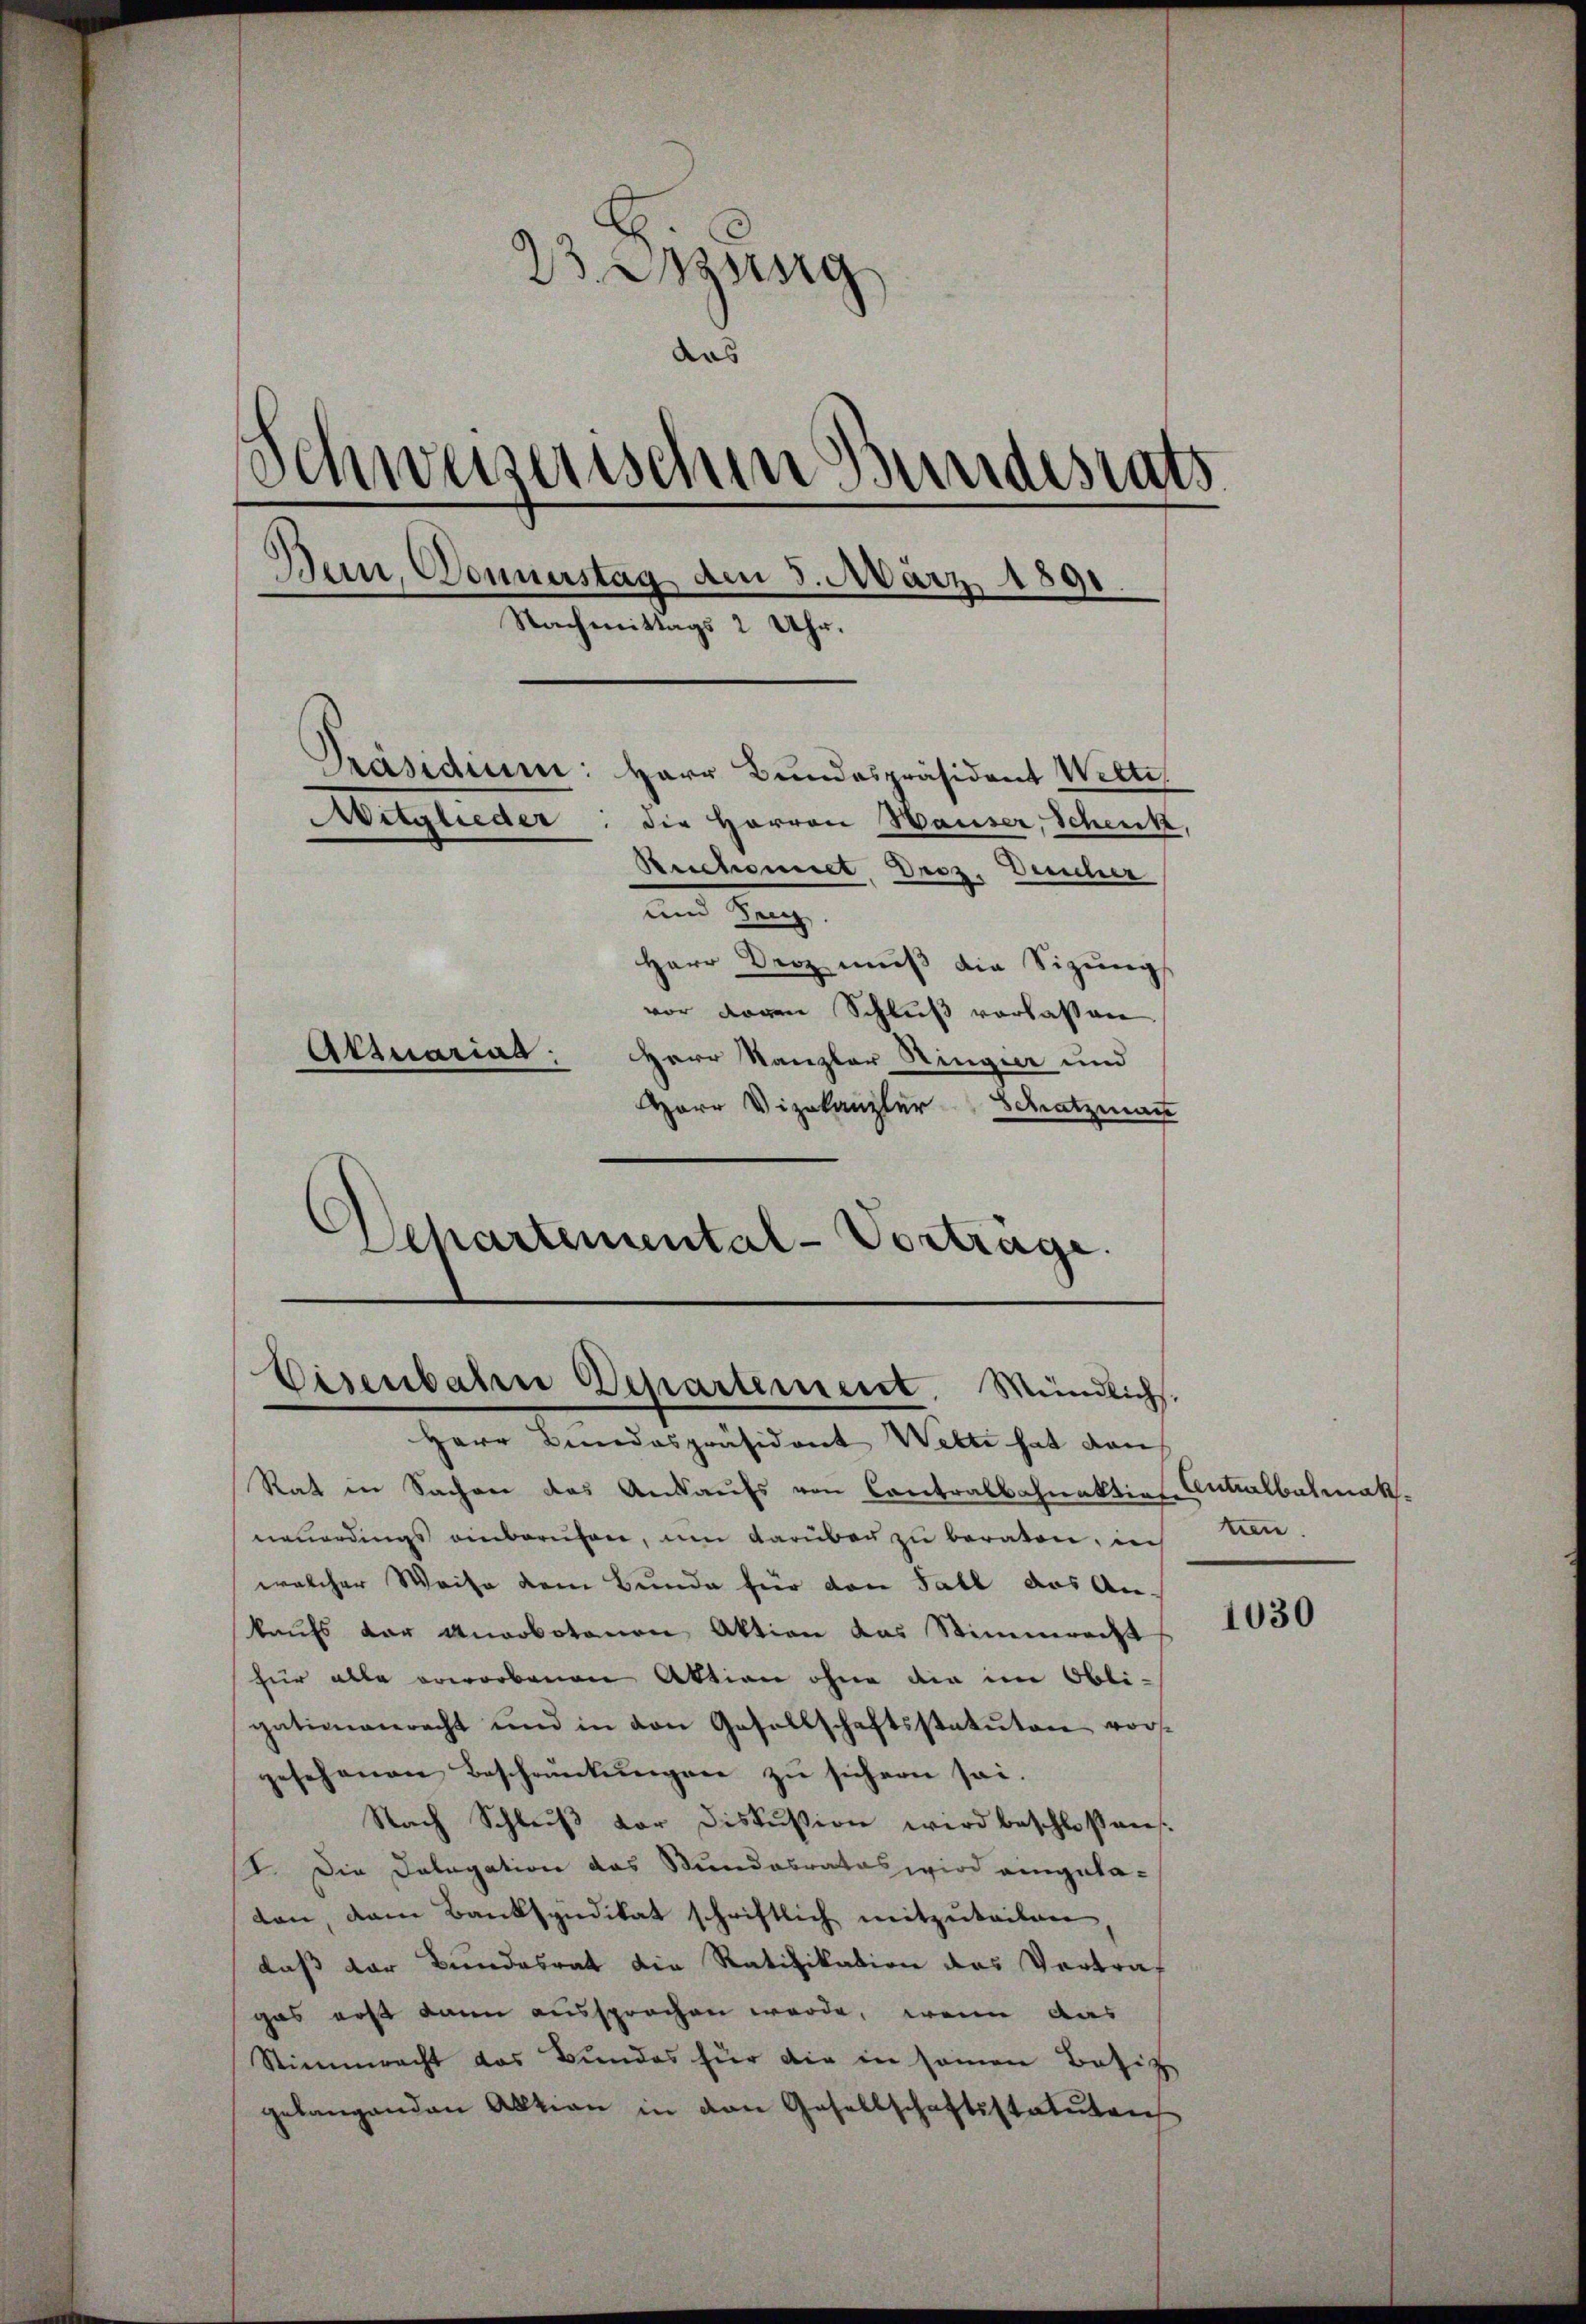
23 Anzeig
das
s
Schweizerischen Bundesrats
Dein, Donnerstag den 3. März 1891
Nachmittags 2 Uhr.
Präsiden: Herr Bundespräsident Welte,
Witglieder: die Herren Hauser, Schenk,
Reichennet Droz. Deucher
und Senz.
Herr Droz muß die Sizungs
vor Loren Schluß vorlassen
Attuarial,
Herr Kanzler Ringier und
Herr Vizekanzler Schatzmann

Eisenbahre Departement. Mündlichs.

Departemental-Vorträge.

Herr Bundespräsident Welti hat dan
Rat in Sachen das Ankaufs von Contralbahnaktios Antralbalmak.
neuerdings einberufen, um darüber zu beraten, in
welcher Weise dem Bunde für den Fall das An-
kaufs der Anorbotenen Aktion das Stimmrecht
für alle erworbenen Aktion ohne die im Obli-
gatimanrecht und in den Gesellschaftsstatuten vor-
gesehenen Beschränkungen zu sichern sei.
Nach Schlŭβ der Diskussion wird beschloßen.
II. Die Delegation das Stundesrates wird eingeta-
ten, dem Banksyndikat schriftlich mitzuteilen
daß der Bundesrat die Ratifikation des Vertraf
gas erst dann aussprochen werde, wenn das
Stimmrecht das Bundes für die in seinen Besitz
gelangenden Aktion in den Gesellschaftsstatuten

men.

1030